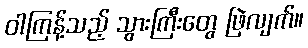
ဝါကြန့်သည့် သွားကြီးတွေ ဖြဲလျက်။